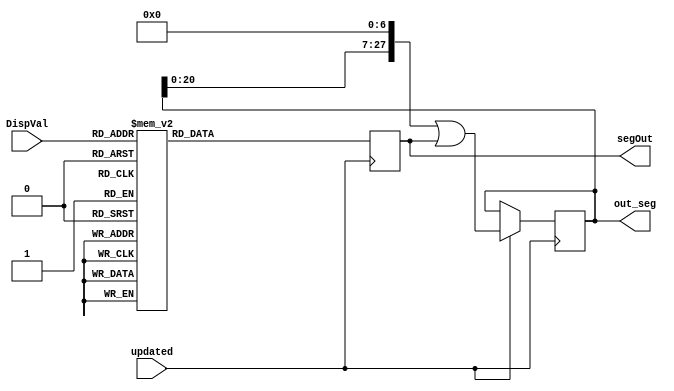
`timescale 1ns / 1ps
//////////////////////////////////////////////////////////////////////////////////////////////////////////
// Company: Digilent Inc 2011
//
// Module Name:    DisplayController
// Project Name:   PmodKYPD_Demo
// Target Devices: Nexys3
// Tool versions:  Xilinx ISE 14.1 
// Description: This file defines a DisplayController that controls the seven segment display that works with 
// 				 the output of the Decoder.
//
//////////////////////////////////////////////////////////////////////////////////////////////////////////

// ==============================================================================================
// 												Define Module
// ==============================================================================================
module DisplayController(
    DispVal,
	 updated,
    //anode,
    segOut,
	 out_seg
	 //fast
    );

// ==============================================================================================
// 											Port Declarations
// ==============================================================================================

    input [3:0] DispVal;			// Output from the Decoder
	 input updated;
	 //input fast;
    //output [3:0] anode;				// Controls the display digits
    output reg [6:0] segOut = 7'b0;			// Controls which digit to display
	 output reg [27:0] out_seg = 28'b0; // 4 digit ssd
	 //output [15:0] out_an; // 4 digit num

// ==============================================================================================
// 							  		Parameters, Regsiters, and Wires
// ==============================================================================================
	
	// Output wires and registers
	//reg [3:0] anode;
	//reg [6:0] segOut;
	//reg [27:0] out_seg;
	//reg [15:0] out_an;
	reg whichDigit;

// ==============================================================================================
// 												Implementation
// ==============================================================================================
	
	//------------------------------
	//		   Segment Decoder
	// Determines cathode pattern
	//   to display digit on SSD
	//------------------------------
	/*
	always @(posedge fast) begin
		if(whichDigit == 0) begin
			anode <= 4'b0111; // update 1st digit
			whichDigit <= 1;
		end
		else if(whichDigit == 1) begin
			anode <= 4'b1011; // update 2nd digit
			whichDigit <= 2;
		end // but don't blink on seconds
		else if(whichDigit == 2) begin
			anode <= 4'b1101; // update 3rd digit
			whichDigit <= 3;
		end
		else begin // 3
			anode <= 4'b1110; // update 4th digit
			whichDigit <= 0;
		end
	end
	*/
	
	always @(posedge updated) begin
			case (DispVal)
					4'h0 : segOut <= 7'b1000000;  // 0
					4'h1 : segOut <= 7'b1111001;  // 1
					4'h2 : segOut <= 7'b0100100;  // 2
					4'h3 : segOut <= 7'b0110000;  // 3
					4'h4 : segOut <= 7'b0011001;  // 4
					4'h5 : segOut <= 7'b0010010;  // 5
					4'h6 : segOut <= 7'b0000010;  // 6
					4'h7 : segOut <= 7'b1111000;  // 7
					4'h8 : segOut <= 7'b0000000;  // 8
					4'h9 : segOut <= 7'b0010000;  // 9
					4'hA : segOut <= 7'b0001000; 	// A
					4'hB : segOut <= 7'b0000011;	// B
					4'hC : segOut <= 7'b1000110;	// C
					4'hD : segOut <= 7'b0100001;	// D
					4'hE : segOut <= 7'b0000110;	// E
					4'hF : segOut <= 7'b0001110;	// F
					default : segOut <= 7'b0111111;
					
			endcase
			if(updated) begin
				out_seg <= (out_seg << 7) | segOut;
			end
			else begin
				out_seg <= out_seg;
			end
	end

endmodule